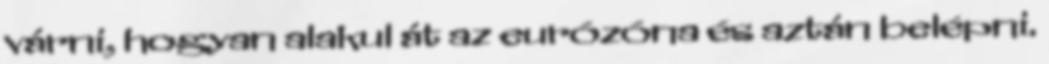
várni, hogyan alakul át az eurózóna és aztán belépni.